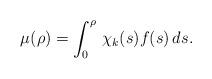
LaTeX: \begin{align*}\mu(\rho)=\int_0^{\rho}\, \chi_k(s)f(s)\,ds.\end{align*}